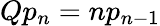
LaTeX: Qp_{n}=np_{n-1}